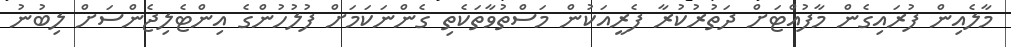
މާލެއިން ފުރައިގެން މާފުއްޓަށް ދަތުރުކުރާ ފެރީއަކުން މަސްތުވާތަކެތި ގެންނަކަމަށް ފުލުހުންގެ އިންޓެލިޖެންސަށް ލިބުނު